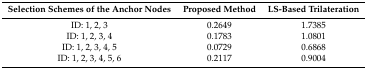
<table><thead><tr><td><b>Selection Schemes of the Anchor Nodes</b></td><td><b>Proposed Method</b></td><td><b>LS-Based Trilateration</b></td></tr></thead><tbody><tr><td>ID: 1, 2, 3</td><td>0.2649</td><td>1.7385</td></tr><tr><td>ID: 1, 2, 3, 4</td><td>0.1783</td><td>1.0801</td></tr><tr><td>ID: 1, 2, 3, 4, 5</td><td>0.0729</td><td>0.6868</td></tr><tr><td>ID: 1, 2, 3, 4, 5, 6</td><td>0.2117</td><td>0.9004</td></tr></tbody></table>